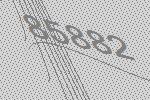
85882